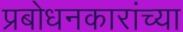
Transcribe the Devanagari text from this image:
प्रबोधनकारांच्या